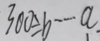
3 0 0 \div b \cdots a